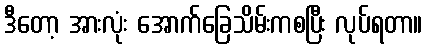
ဒီတော့ အားလုံး အောက်ခြေသိမ်းကစပြီး လုပ်ရတာ။